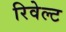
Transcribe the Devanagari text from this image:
रिवेल्ट